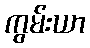
ကွမ်းယာ